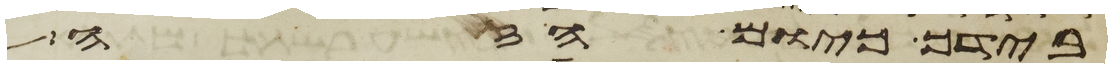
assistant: בידך כיום הזה